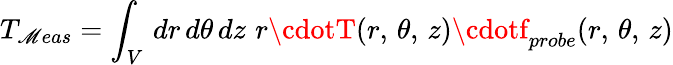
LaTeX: T_{\mathscr{M}eas}=\int_{V}\, dr\, d\theta\, dz\, \, r\cdotT(r,\, \theta,\, z)\cdotf_{probe}(r,\, \theta,\, z)